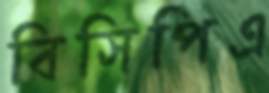
বিসিপিএ